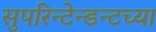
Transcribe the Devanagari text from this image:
सुपरिन्टेन्डन्टच्या